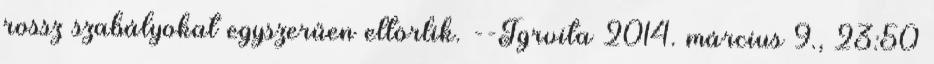
rossz szabályokat egyszerűen eltörlik. --Tgrvita 2014. március 9., 23:50